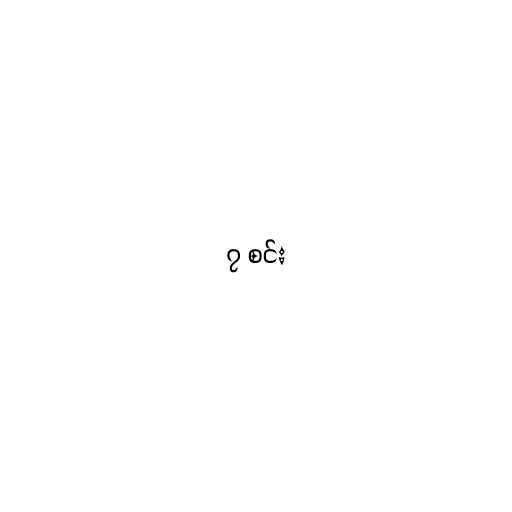
၇ စင်း